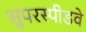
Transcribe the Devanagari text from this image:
सुपरस्पीडवे